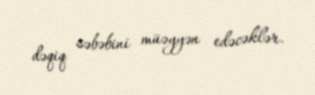
dəqiq səbəbini müəyyən edəcəklər.